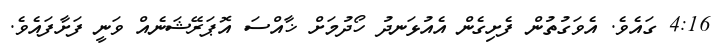
4:16 ގައެވެ. އެވަގުތުން ފެށިގެން އެއުޅަނދު ހޯދުމަށް ޚާއްސަ އޮޕަރޭޝަނެއް ވަނީ ފަށާފައެވެ.